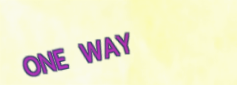
ONE WAY